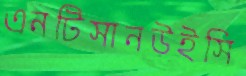
এনটিসানউইসি